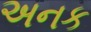
અનક